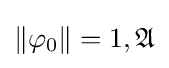
\|\varphi _{0}\|=1,{\mathfrak {A}}